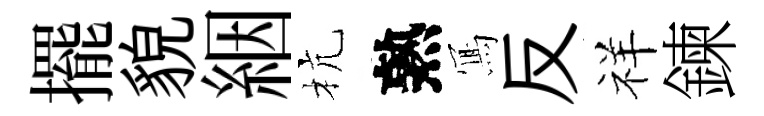
擺貌絪杭熟𭂁反祥鍊